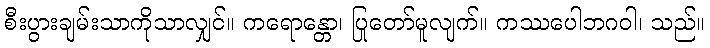
စီးပွားချမ်းသာကိုသာလျှင်။ ကရောန္တော၊ ပြုတော်မူလျက်။ ကဿပေါဘဂဝါ၊ သည်။